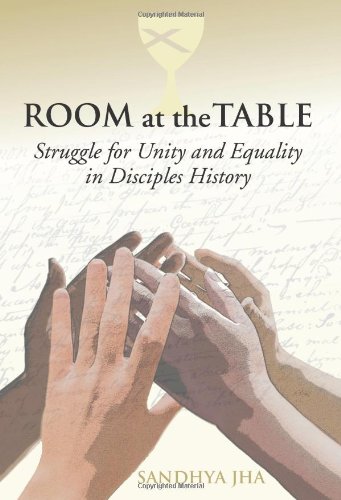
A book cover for Room at the Table: Struggle for Unity and Equality in Disciples History; Rev. Sandhya Rani Jha; Christian Books & Bibles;